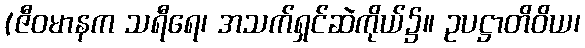
(ဇီဝမာနက သရီရေ၊ အသက်ရှင်ဆဲကိုယ်၌။ ဥပဋ္ဌာတိဝိယ၊